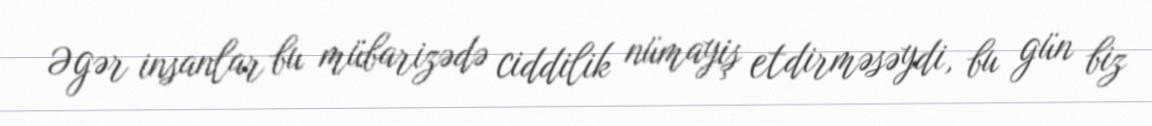
Əgər insanlar bu mübarizədə ciddilik nümayiş etdirməsəydi, bu gün biz